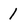
Character: 1